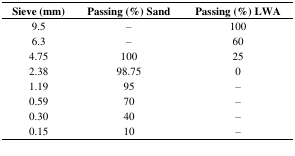
| Sieve (mm) | Passing (%) Sand | Passing (%) LWA |
 | --- | --- | --- |
 | 9.5 | – | 100 |
 | 6.3 | – | 60 |
 | 4.75 | 100 | 25 |
 | 2.38 | 98.75 | 0 |
 | 1.19 | 95 | – |
 | 0.59 | 70 | – |
 | 0.30 | 40 | – |
 | 0.15 | 10 | – |